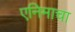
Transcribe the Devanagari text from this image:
एनिमाचा